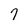
Character: 7